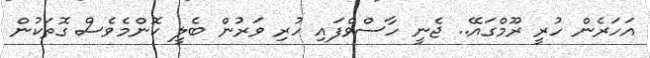
އަހަރެން ހުރީ ރޫމްގައޭ.. ޖެނީ ހާސްވެފައި ހުރި ވަރުން ބެލީ ކޮންމެވެސް ގޮތަކުން